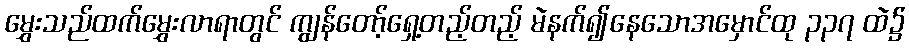
မွှေးသည်ထက်မွှေးလာရာတွင် ကျွန်တော့်ရှေ့တည့်တည့် မဲနက်၍နေသောအမှောင်ထု ၃၃၇ ထဲ၌